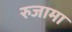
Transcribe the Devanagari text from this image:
रुजामा